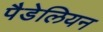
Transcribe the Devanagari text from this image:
पैडेलियन